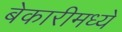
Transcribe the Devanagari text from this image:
बेकारीमध्ये